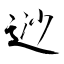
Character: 逤